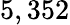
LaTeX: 5,352